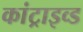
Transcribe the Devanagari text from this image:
कांट्राइव्ड